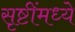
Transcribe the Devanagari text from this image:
सृष्टींमध्ये